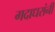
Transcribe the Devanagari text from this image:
गदाधरांनी